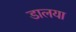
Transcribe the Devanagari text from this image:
डालया